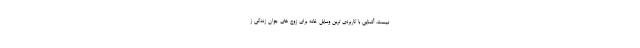
نیست. آشنایی با کاربردی ترین وسایل خانه برای زوج های جوان زندگی ز